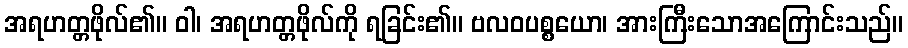
အရဟတ္တဖိုလ်၏။ ဝါ၊ အရဟတ္တဖိုလ်ကို ရခြင်း၏။ ဗလဝပစ္စယော၊ အားကြီးသောအကြောင်းသည်။